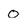
Character: 0